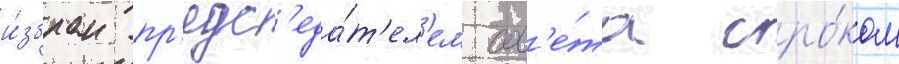
и́збран пр'едс'еда́т'ел'ем сов'е́та сро́ком